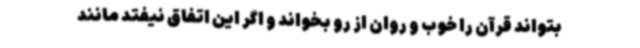
بتواند قرآن را خوب و روان از رو بخواند و اگر این اتفاق نیفتد مانند